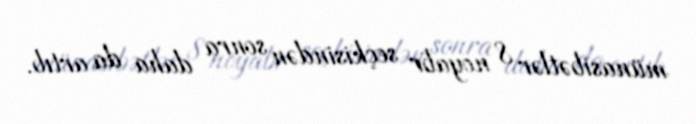
münasibətlər 8 noyabr seçkisindən sonra daha da artıb.